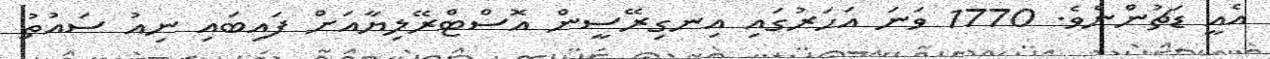
އެއީ ޑަޗުންނެވެ. 1770 ވަނަ އަހަރުގައި އިނގިރޭސީން އޮސްޓްރޭލިޔާއަށް ފައިބައި ނިއު ސައުތު